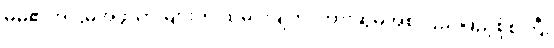
မိမိ၏အငြိမ့်အဖွဲ့သားများကို ထမင်းချက်၊ ကားဆွဲမှအစ ပြည့်ပြည့်စုံစုံကြီး